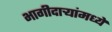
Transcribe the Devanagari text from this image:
भागीदार्‍यांमध्ये